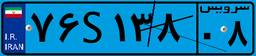
۷۲S۳۴۸۶۷